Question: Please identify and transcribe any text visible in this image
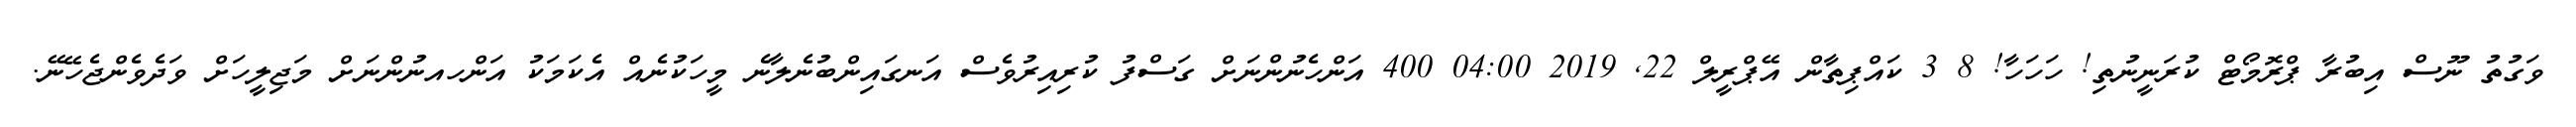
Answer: ވަގުތު ނޫސް އިބުރާ ޕްރޮމޯޓް ކުރަނީނުތި! ހަހަހާ! 8 3 ކައްޕިތާން އޭޕްރީލް 22, 2019 04:00 400 އަންހެނުންނަށް ގަސްފު ކުރިއިރުވެސް އަނގައިންބުނެލާނެ މީހަކުނެއް އެކަމަކު އަންހއނުންނަށް މަޖިލީހަށް ވަދެވެންޖެހޭނޭ.